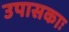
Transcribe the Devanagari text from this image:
उपासकाः